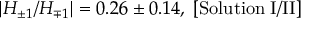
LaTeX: | H _ { \pm 1 } / H _ { \mp 1 } | = 0 . 2 6 \pm 0 . 1 4 , \; [ \mathrm { S o l u t i o n \; I / I I } ]